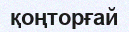
қоңторғай